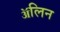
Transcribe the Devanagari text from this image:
ॲलिन